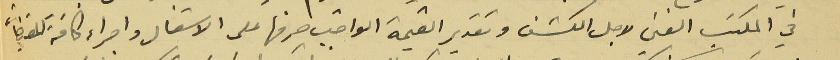
في المكتب الفني لاجل الكشف وتقدير القيمة الواجب صرفها على الاشغال واجراء كافة المقتضيات